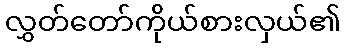
လွှတ်တော်ကိုယ်စားလှယ်၏